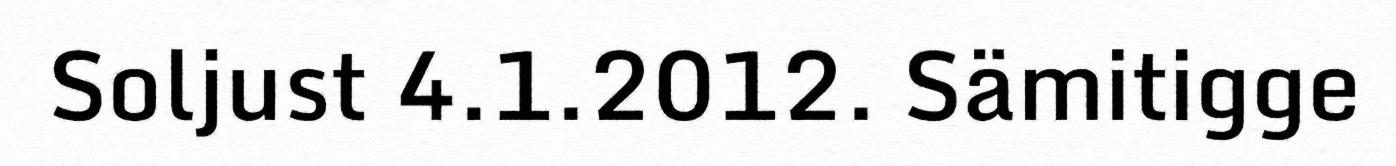
Soljust 4.1.2012. Sämitigge